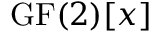
{ \mathrm { G F } } ( 2 ) [ x ]